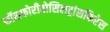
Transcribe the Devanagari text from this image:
फॉसफोरीबोसिलट्रांसफिरेस